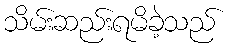
သိမ်းဆည်းရမိခဲ့သည်